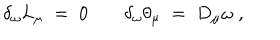
\delta _ { \omega } L _ { \mu } \; = \; 0 \; \delta _ { \omega } \theta _ { \mu } \; = \; D _ { \mu } \omega \; ,